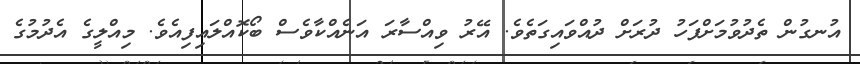
އުނގުން ތެދުވުމަށްފަހު ދުރަށް ދުއްވައިގަތެވެ. އޭރު ވިއްސާރަ އަނެއްކާވެސް ބޯކޮއްލައިފިއެވެ. މިއްލީގެ އެދުމުގެ